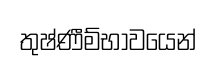
තුෂ්ණීම්භාවයෙන්